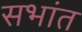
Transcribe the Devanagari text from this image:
सभांत